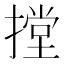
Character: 摚